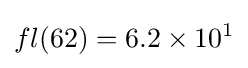
fl(62)=6.2\times 10^{1}